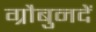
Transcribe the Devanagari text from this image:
ग्रौबुनदें